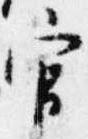
官